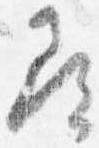
尋